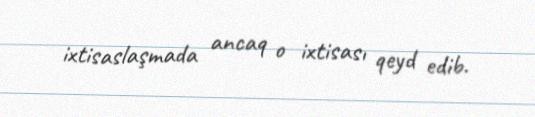
ixtisaslaşmada ancaq o ixtisası qeyd edib.